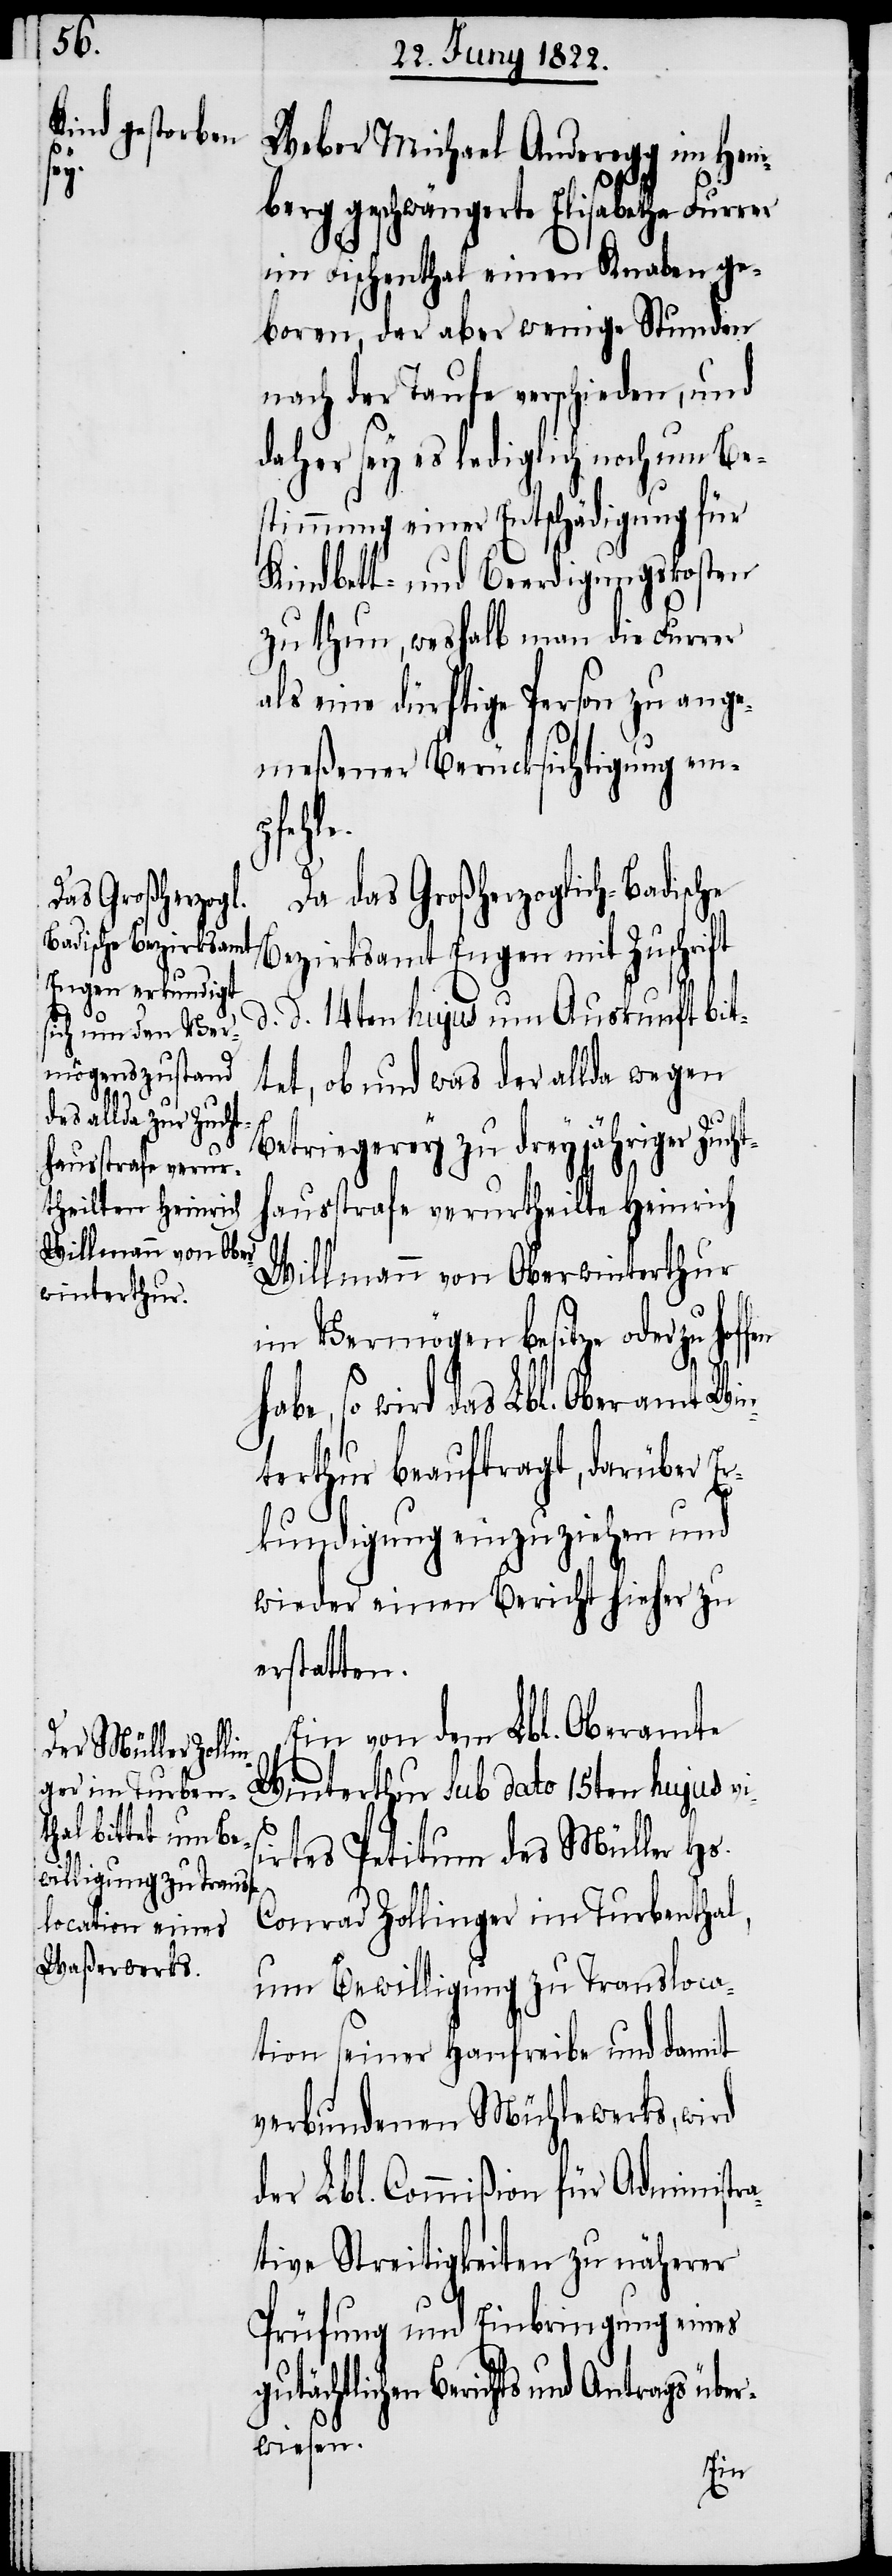
ht¬

Weber Michael Anderegg im Hem¬
berg geschwängerte Elisabetha Fur¬
im Fischenthal einen Knaben ge¬
boren, der aber wenige Stunden
nach der Taufe verschieden, und
daher sey es lediglich noch um Be¬
stimmung einer Entschädigung für
Kindbett- und Beerdigungskosten
zu thun, weshalb man die Furrer
als eine dürftige Person zu ange¬
meßener Berücksichtigung emp¬
fen h¬
Da das Großherzoglich-Badische
Bezirksamt Engen mit Zuschri¬
d. d. 14ten hujus um Auskunft bit¬
tet, ob und was der allda wegen
Betriegerey zu dreyjähriger Zuc¬
hausstrafe verurtheilte Heinrich
Willmann von Oberwinterthur
im Vermögen besitze oder zu hof¬
abe, so wird das Lbl. Oberamt Win¬
terthur beauftragt, darüber E¬
rkundigung einzuziehen und
wieder einen Bericht hieher zu
erstatten.
Ein von dem Lbl. Oberamte
Winterthur Sub dato 15ten hujus vi¬
sirtes Petitum des Müller Hs.
Conrad Zollinger im Turbenthal,
um Bewilligung zu Transloca¬
tion seiner Hanfreibe und damit
verbundenen Mühlewerks, wird
der Lbl. Commißion für Administra¬
tive Streitigkeiten zu näherer
Prüfung und Einbringung eines
gutächtlichen Berichts und Antrags über¬
wiesen.